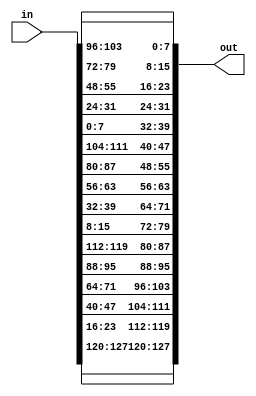
module ShiftRows_inv(input[0:127] in , output reg[0:127] out); 
always@(*)
 begin
 //row1
   out[0:7]=in[0:7];
   out[32:39]=in[32:39];
   out[64:71]=in[64:71];
   out[96:103]=in[96:103];
 //row2	 
   out[8:15]=in[104:111];
   out[40:47]=in[8:15];
   out[72:79]=in[40:47];
   out[104:111]=in[72:79];
 //row3	 
   out[16:23]=in[80:87];
   out[48:55]=in[112:119];
   out[80:87]=in[16:23];
   out[112:119]=in[48:55];
 //row4	 
   out[24:31]=in[56:63];
   out[56:63]=in[88:95];
   out[88:95]=in[120:127];
   out[120:127]=in[24:31];
 end
endmodule